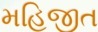
મહિજીત